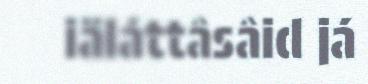
iäláttâsâid já